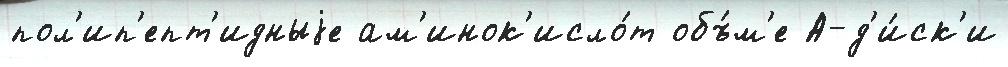
пол'ип'епт'идныjе ам'инок'исло́т объ́м'е А-д'и́ск'и